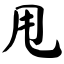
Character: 甩